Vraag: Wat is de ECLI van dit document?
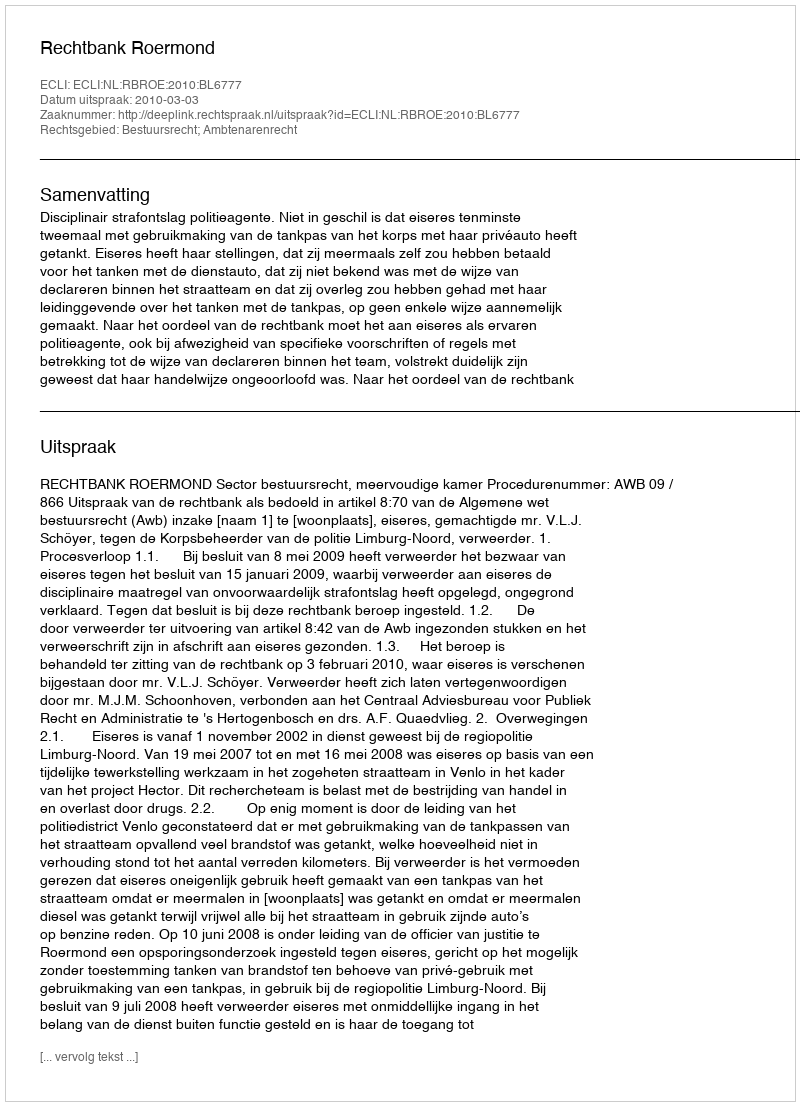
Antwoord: ECLI:NL:RBROE:2010:BL6777